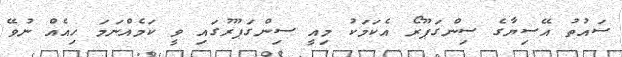
ސައުތު އޭސިޔާގެ ސިންގަޕޫރޯ އެކަމަކު މިއީ ސިންގަޕޫރުގައި ވީ ކަމެއްނަމަ ހިއެއް ނުވޭ